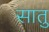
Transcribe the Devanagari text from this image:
सातु